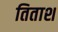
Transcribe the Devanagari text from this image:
तिताश